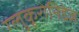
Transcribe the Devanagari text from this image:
ग्लुकूरोनिडेज़